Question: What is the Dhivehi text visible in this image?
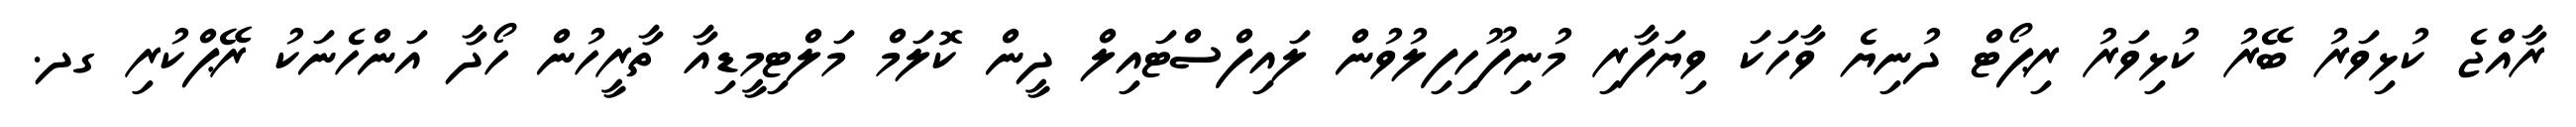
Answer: ރާއްޖެ ކުޅިވަރު ބޭރު ކުޅިވަރު ރިޕޯޓް ދުނިޔެ ވާހަކަ ވިޔަފާރި މުނިފޫހިފިލުވުން ލައިފްސްޓައިލް ދީން ކޮލަމް މަލްޓިމީޑިއާ ތާރީހުން ހޯދާ އަންހެނަކު ރޭޕްކުރި ގދ.